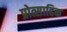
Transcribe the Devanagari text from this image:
प्रोत्साहिक